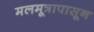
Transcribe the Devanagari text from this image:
मलमूत्रापासून